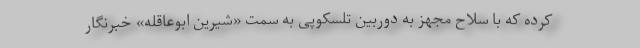
کرده که با سلاح مجهز به دوربین تلسکوپی به سمت «شیرین ابوعاقله» خبرنگار